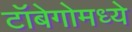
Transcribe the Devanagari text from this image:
टॉबेगोमध्ये